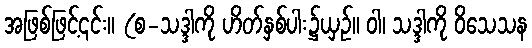
အဖြစ်ဖြင့်၎င်း။ (စ-သဒ္ဒါကို ဟိတ်နှစ်ပါး၌ယှဉ်။ ဝါ၊ သဒ္ဒါကို ဝိသေသန